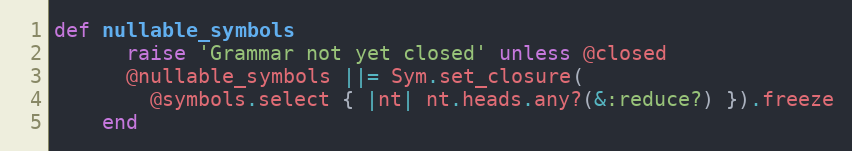
Language: Ruby
def nullable_symbols
      raise 'Grammar not yet closed' unless @closed
      @nullable_symbols ||= Sym.set_closure(
        @symbols.select { |nt| nt.heads.any?(&:reduce?) }).freeze
    end